Indian journal of veterinary science and animal husbandry - Volumes 26-27, 1956-1957
Year: 1956
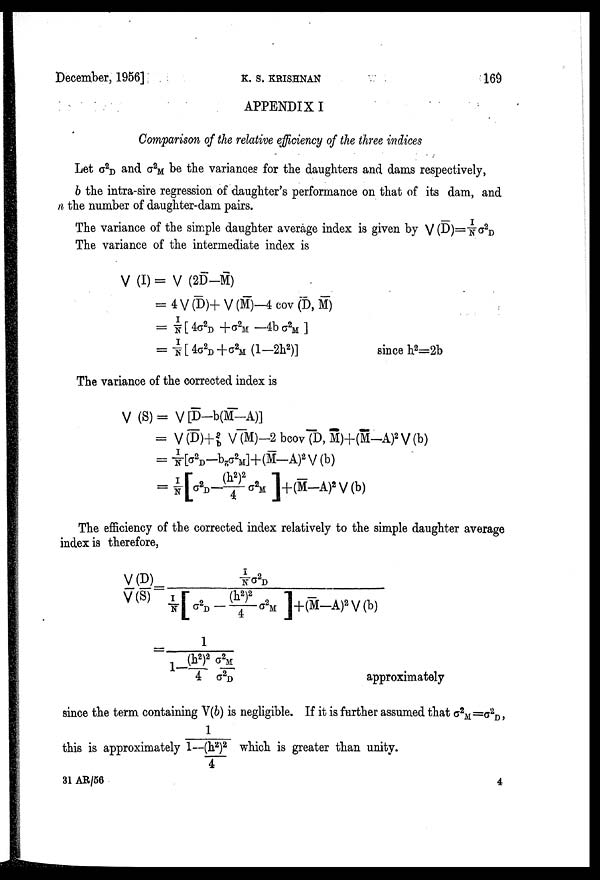
December, 1956]
K.
S.
KRISHNAN
169
APPENDIX I
Comparison of the relative efficiency of the three indices
Let σ 2
d and σ 2
M be the variances for the daughters and dams respectively,
b the intra-sire regression of daughter's performance on that of its dam, and
n the number of daughter-dam pairs.
The variance of the simple daughter average index is given by V(D)=I / N σ 2
D
The variance of the intermediate index is
V (I) = V (2D-M)
= 4 V (D)+ V (M)—4 cov (D, M)
= I/N [ 4σ 2
D +σ+ 2
m —4b σ 2
M ]
= I/N [ 4σ 2
D +σ 2
M (1-2h 2 )]
since h 2 =2b
The variance of the corrected index is
V (S)= V[D—b(M—A)]
= V (D)+ 2
b V(M)—2 bcov(D, M)+(M—A) 2 V(b)
= I/N(σ 2
D —b Z σ 2
M ]+(M—A) 2 V(b)
= I/N[σ 2
d —(h 2 )/4 σ 2
M ]+(M-A) 2 V(b)
The efficiency of the corrected index relatively to the simple daughter average
index is therefore,
V / V (D) / (S) =I/Nσ 2
D / I / N[σ 2 D— (h 2 ) 2 / 4 σ 2 M]+(M—A) 2 V (b)
=1 / 1— (h 2 ) 2 /4 σ 2 M / σ 2 D approximately
since the term containing V(b) is negligible. If it is further assumed that σ 2
M =σ 2
D,
this is approximately 1 / 1—( h 2 ) 2 / 4 which is greater than unity.
31 AR/56
4